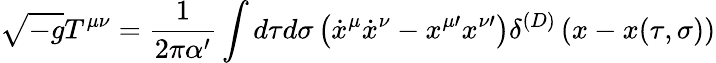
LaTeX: \sqrt{-g}T^{\mu\nu}=\frac{1}{2\pi\alpha^{\prime}}\int d\tau d\sigma\left({\dot{x}}^{\mu}{\dot{x}}^{\nu}-x^{\mu\prime}x^{\nu\prime}\right)\delta^{(D)}\left(x-x(\tau,\sigma)\right)